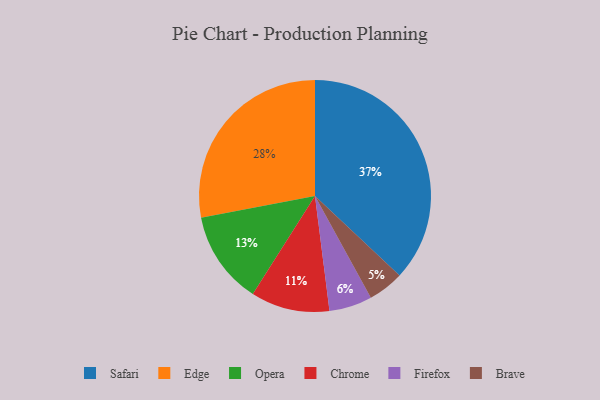
{"axis": {"x": "Category", "y": "Percentage"}, "legend": ["Brave", "Chrome", "Edge", "Firefox", "Opera", "Safari"], "data": [{"x": "Safari", "y": 37, "type": "Safari"}, {"x": "Chrome", "y": 11, "type": "Chrome"}, {"x": "Edge", "y": 28, "type": "Edge"}, {"x": "Brave", "y": 5, "type": "Brave"}, {"x": "Opera", "y": 13, "type": "Opera"}, {"x": "Firefox", "y": 6, "type": "Firefox"}]}